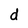
Character: d